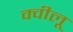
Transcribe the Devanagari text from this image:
क्वीलू